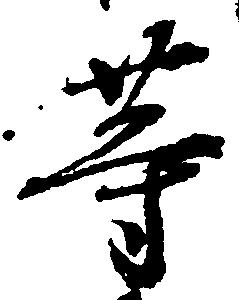
等